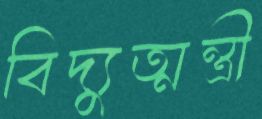
বিদ্যুত্মন্ত্রী